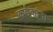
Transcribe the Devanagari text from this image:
कर्डकांना